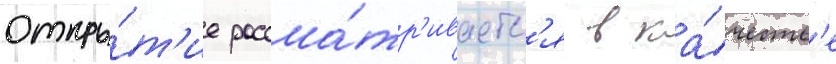
откры́т'ие рассма́тр'иваетс'я в ка́честв'е